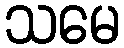
သမေ